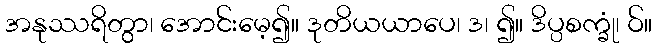
အနုဿရိတွာ၊ အောင်းမေ့၍။ ဒုတိယယာပေ၊ ဒ၊ ၍။ ဒိပ္ပစက္ခုံ၊ ဝ်။